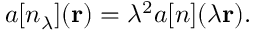
a [ n _ { \lambda } ] ( \mathbf { r } ) = \lambda ^ { 2 } a [ n ] ( \lambda \mathbf { r } ) .